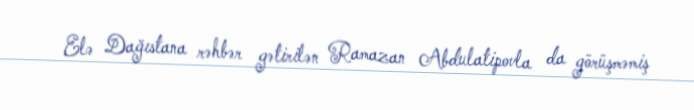
Elə Dağıstana rəhbər gətirilən Ramazan Abdulatipovla da görüşməmiş